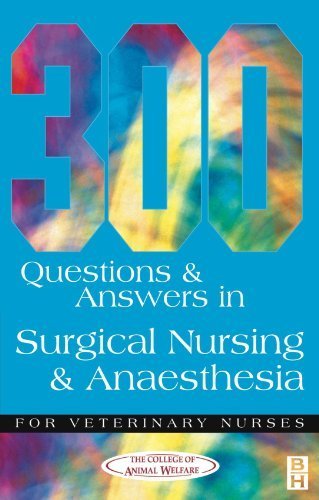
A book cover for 300 Questions and Answers in Surgical Nursing and Anaesthesia for Veterinary Nurses, 1e (Veterinary nursing: 300 questions & answers) by CAW (2000) Paperback; CAW; Medical Books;